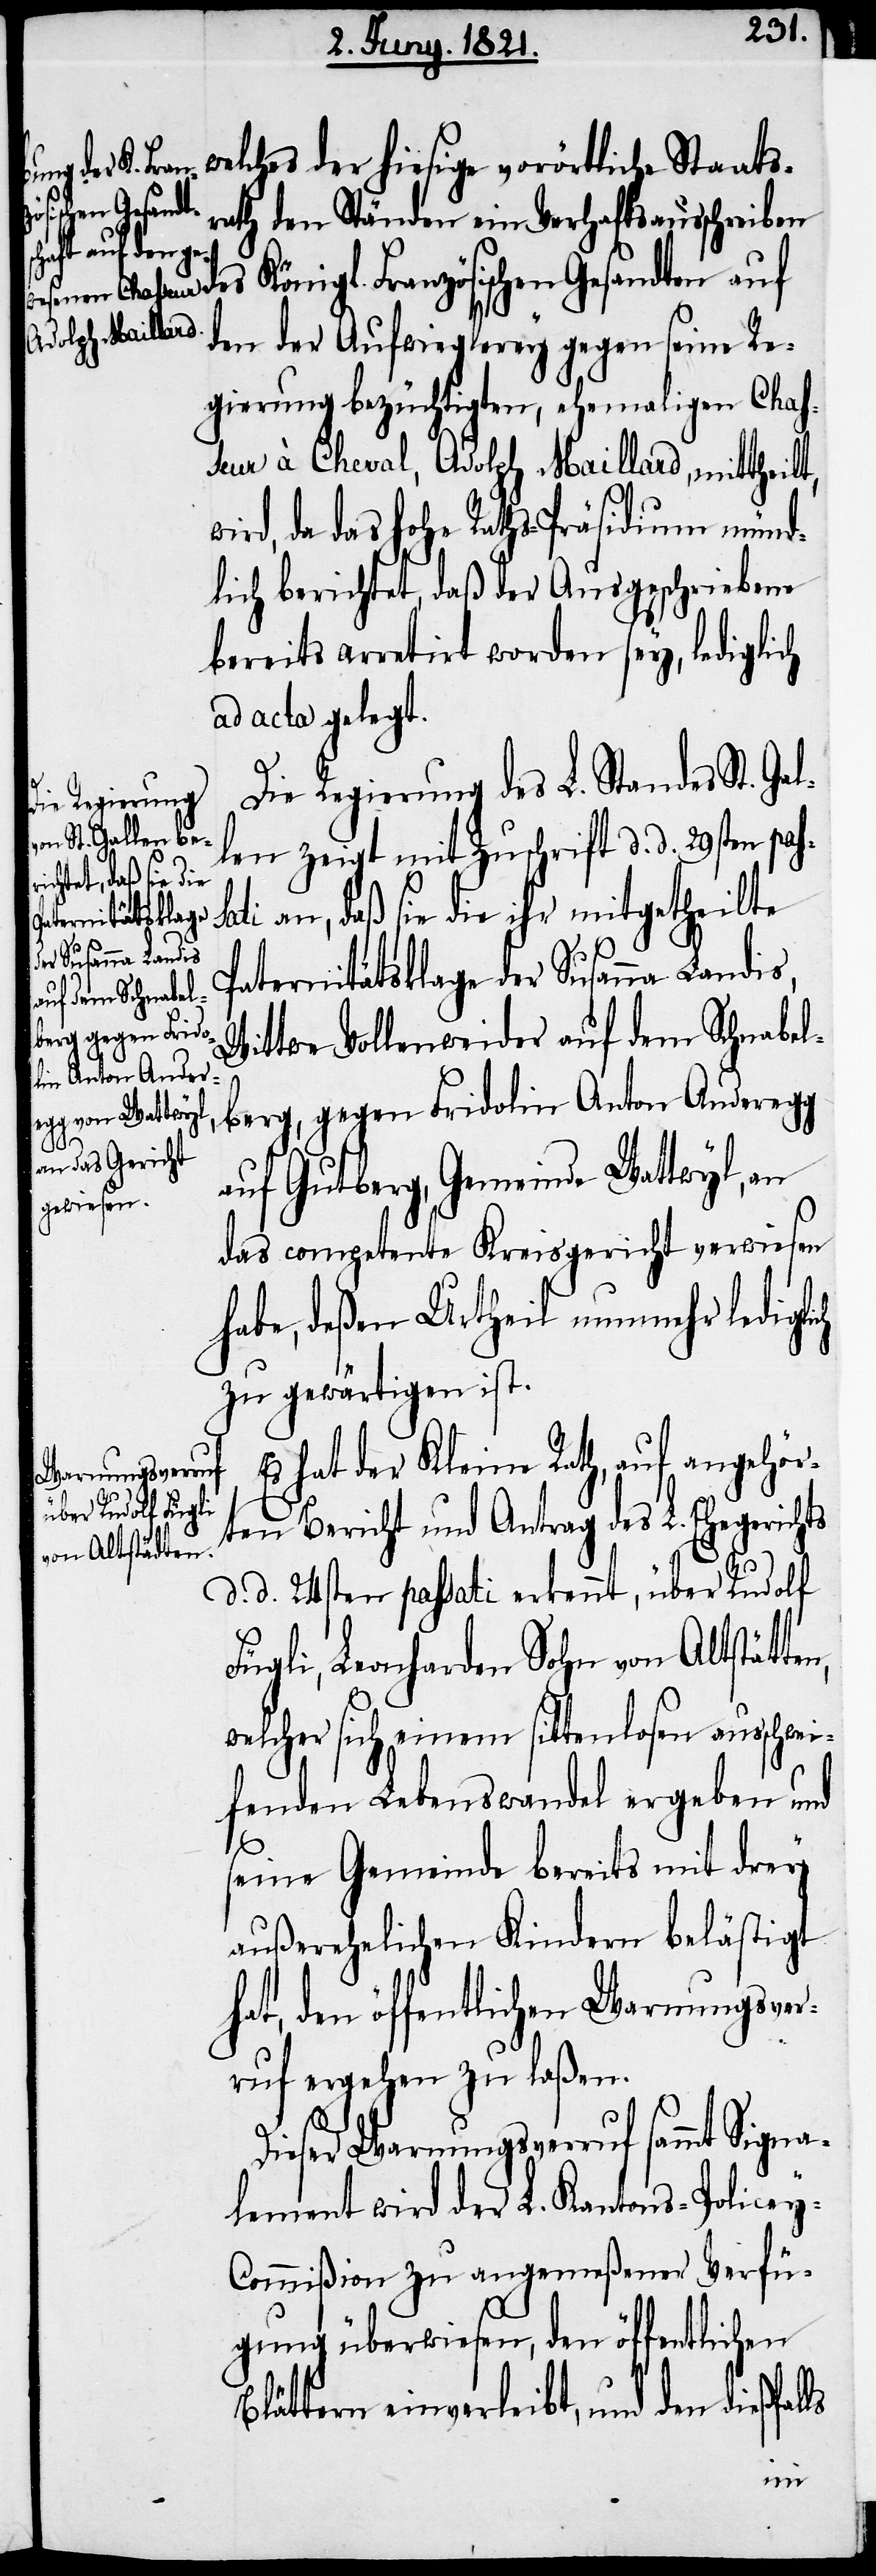
welches der hiesige vorörtliche Staats¬
rath den Ständen ein Verhaftsausschreiben
des Königl. Französischen Gesandten auf
den der Aufwieglerey gegen seine Re¬
gierung bezüchtigten, ehemaligen Chas¬
seur à Cheval, Adolph Maillard, mittheilt,
ird, da das hohe Raths-Präsidium münd¬
lich berichtet, daß der Ausgeschriebene
bereits arretirt worden sey, lediglich
ad acta gelegt.
Die Regierung des L. Standes St. Gal¬
len zeigt mit Zuschrift d. d. 29sten pas¬
ti an, daß sie die ihr mitgetheilte
Paternitätsklage der Susanna Landis,
Wittwe Vollenweider auf dem Schnabel¬
berg, gegen Fridolin Anton Anderegg
auf Gutberg, Gemeinde Wattwyl, an
das competente Kreisgericht verwiesen
habe, deßen Urtheil nunmehr ledigli¬
zu gewärtigen ist.
Es hat der Kleine Rath, auf angehör¬
ten Bericht und Antrag des L. Ehegerichts
d. d. 24sten passati erkennt, über Rudolf
Fügli, Leonharden Sohn von Altstätten,
welcher sich einem sittenlosen ausschwei¬
fenden Lebenswandel ergeben und
seine Gemeinde bereits mit drey
außerehelichen Kindern belästigt
hat, den öffentlichen Warnungsver¬
ruf ergehen zu laßen.
Dieser Warnungsverruf sammt Signa¬
lement wird der L. Kantons-Policey-C¬
ommißion zu angemeßener Verfü¬
gung überwiesen, den öffentlichen
Blättern einverleibt, und den dießfal¬
ls